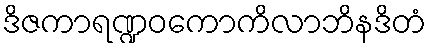
ဒိဇကာရဏ္ဍဝကောကိလာဘိနဒိတံ